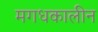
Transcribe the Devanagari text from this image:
मगधकालीन